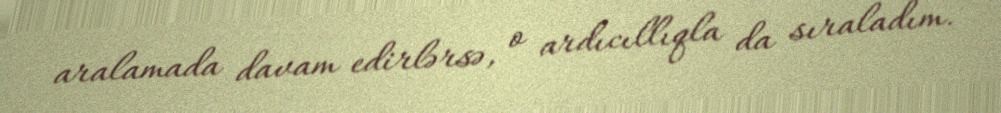
aralamada davam edirlərsə, o ardıcıllıqla da sıraladım.